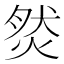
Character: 𤉷